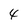
Character: 4